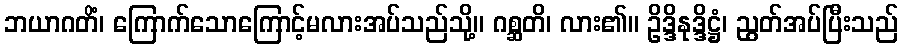
ဘယာဂတိံ၊ ကြောက်သောကြောင့်မလားအပ်သည်သို့။ ဂစ္ဆတိ၊ လား၏။ ဥိဒ္ဒိနုဒ္ဒိဋ္ဌံ၊ ညွတ်အပ်ပြီးသည်